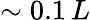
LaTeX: \sim 0.1\, L